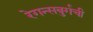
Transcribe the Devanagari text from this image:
रेगन्सबुर्गची